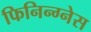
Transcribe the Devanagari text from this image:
फिनिन्ग्नेस